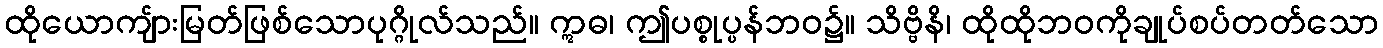
ထိုယောကျ်ားမြတ်ဖြစ်သောပုဂ္ဂိုလ်သည်။ ဣဓ၊ ဤပစ္စုပ္ပန်ဘဝ၌။ သိဗ္ဗိနိ၊ ထိုထိုဘဝကိုချုပ်စပ်တတ်သော